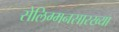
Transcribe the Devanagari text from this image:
सेलिग्मनसारख्या